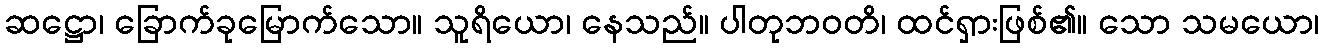
ဆဋ္ဌော၊ ခြောက်ခုမြောက်သော။ သူရိယော၊ နေသည်။ ပါတုဘဝတိ၊ ထင်ရှားဖြစ်၏။ သော သမယော၊